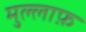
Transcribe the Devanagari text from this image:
मुल्लाफ़